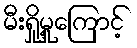
မီးရှို့မှုကြောင့်